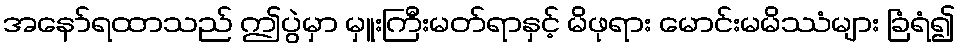
အနော်ရထာသည် ဤပွဲမှာ မှူးကြီးမတ်ရာနှင့် မိဖုရား မောင်းမမိဿံများ ခြံရံ၍